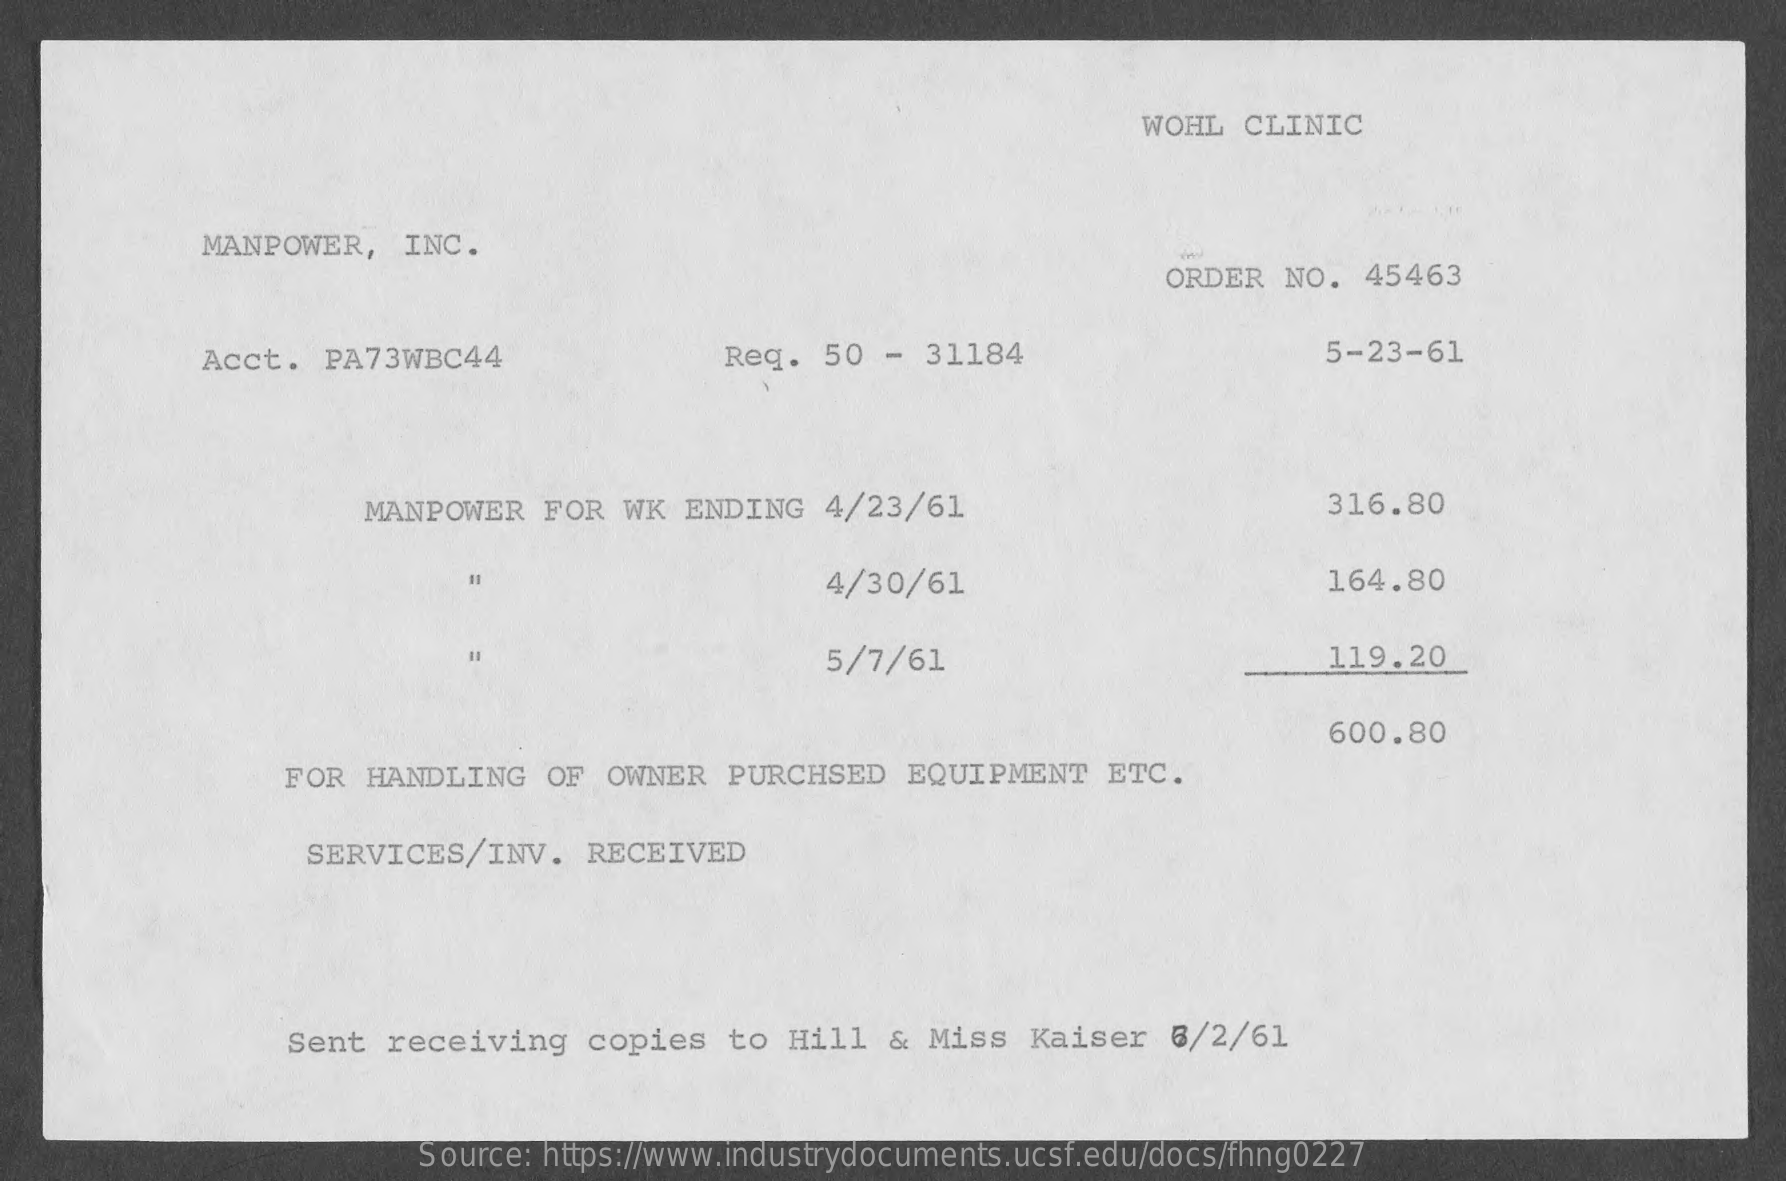
WOHL   CLINIC
     MANPOWER,   INC.
     ORDER  NO.  45463
     Acct.  PA73WBC44    Req.  50  -  31184    5-23-61
     MANPOWER   FOR  WK  ENDING   4/23/61    316.80
     11    4/30/61    164.80
     5/7/61    119.20
     600.80
     FOR  HANDLING   OF  OWNER  PURCHSED    EQUIPMENT   ETC.
     SERVICES/INV.    RECEIVED
     Sent  receiving    copies  to  Hill  &  Miss  Kaiser   6/2/61
     Source: https://www.industrydocuments.ucsf.edu/docs/fhng0227